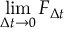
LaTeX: \operatorname* { l i m } _ { \Delta t \to 0 } F _ { \Delta t }